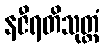
နဇီရတိသုတ္တံ